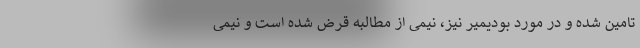
تامین شده و در مورد بودیمیر نیز، نیمی از مطالبه قرض شده است و نیمی